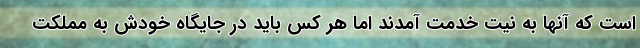
است که آنها به نیت خدمت آمدند اما هر کس باید در جایگاه خودش به مملکت